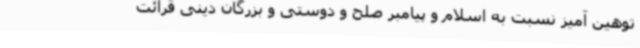
توهین آمیز نسبت به اسلام و پیامبر صلح و دوستی و بزرگان دینی قرائت